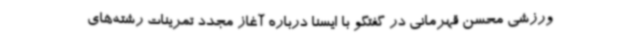
ورزشی محسن قهرمانی در گفتگو با ایسنا درباره آغاز مجدد تمرینات رشته‌های